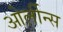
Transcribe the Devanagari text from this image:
ओर्लीन्स